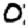
Digit: 0